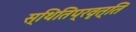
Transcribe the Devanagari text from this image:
स्थितिप्रवृत्ति